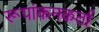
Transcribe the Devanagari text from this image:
रूपांकनकर्ता